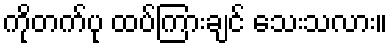
ကိုတက်ပု ထပ်ကြားချင် သေးသလား။